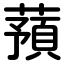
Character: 蕷